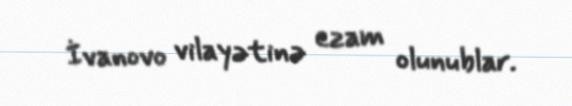
İvanovo vilayətinə ezam olunublar.